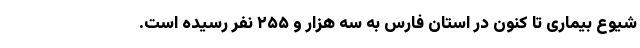
شیوع بیماری تا کنون در استان فارس به سه هزار و ۲۵۵ نفر رسیده است.